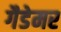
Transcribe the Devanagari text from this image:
गैडेमर